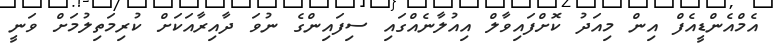
އެމްއެންޑީއެފް އިން މިއަދު ކޮށްފައިވާލް އިއުލާނެއްގައި ސިފައިންގެ ނުވަ ދާއިރާއަކަށް ކުރިމަތިލުމަށް ވަނީ